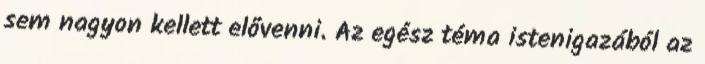
sem nagyon kellett elővenni. Az egész téma istenigazából az